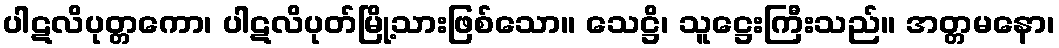
ပါဋလိပုတ္တကော၊ ပါဋလိပုတ်မြို့သားဖြစ်သော။ သေဋ္ဌိ၊ သူဋ္ဌေးကြီးသည်။ အတ္တမနော၊